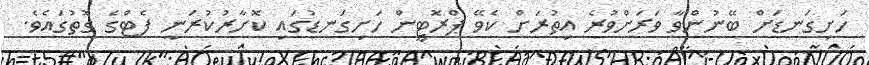
ހަށިގަނޑަށް ބޭނުންވާ ވަރަށްވުރެ އިތުރަށް ކެވޭ ޕްރޮޓީން ހަށިގަނޑުގައި ކޮށާރުކުރަނީ ފެޓްގެ ގޮތުގައެވެ.